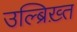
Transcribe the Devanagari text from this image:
उल्ब्रिख़्त